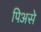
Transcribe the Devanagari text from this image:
पिअसे